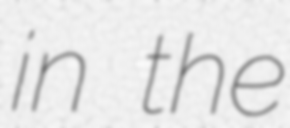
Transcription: in the